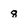
Character: 8